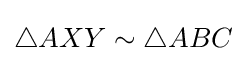
\triangle AXY\sim \triangle ABC